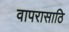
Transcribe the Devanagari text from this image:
वापरासाठि